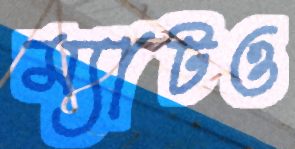
ম্যাটও